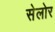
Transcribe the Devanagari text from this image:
सेलोर